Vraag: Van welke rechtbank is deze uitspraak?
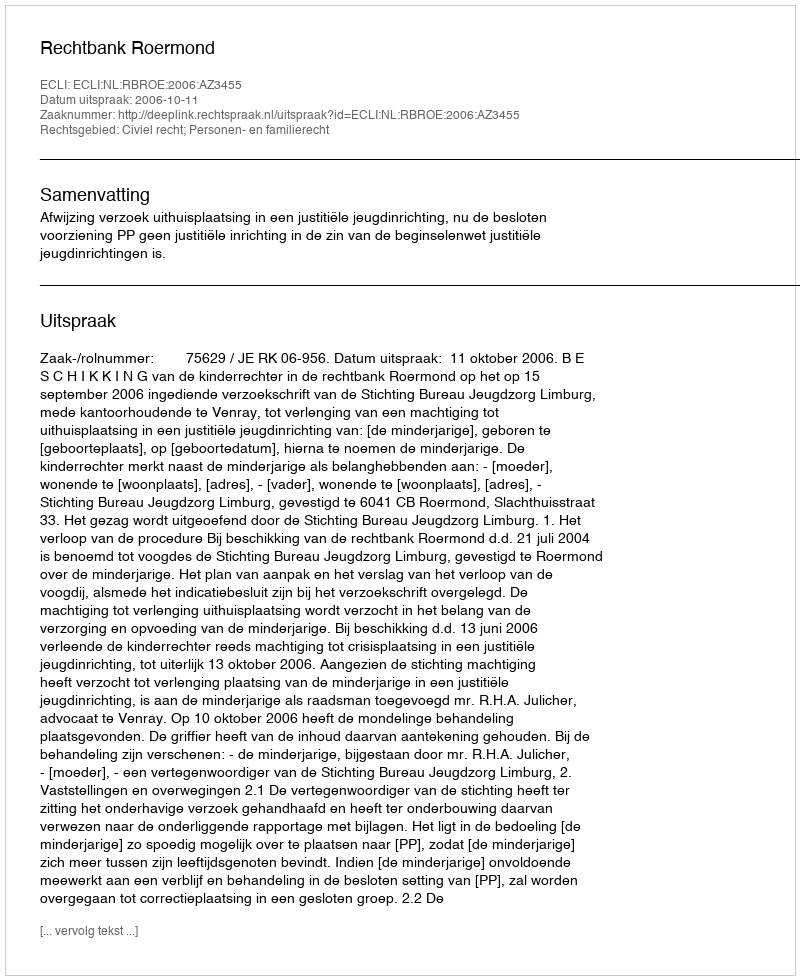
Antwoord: Rechtbank Roermond